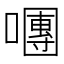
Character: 𡁴